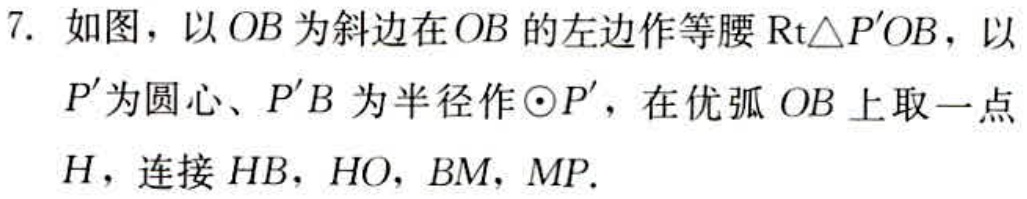
7. 如图，以 \(OB\) 为斜边在 \(OB\) 的左边作等腰 \(\text{Rt}\triangle P'OB\)，以 \(P'\) 为圆心、\(P'B\) 为半径作 \(\odot P'\)，在优弧 \(OB\) 上取一点 \(H\)，连接 \(HB\)，\(HO\)，\(BM\)，\(MP\).